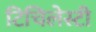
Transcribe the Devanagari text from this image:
टिचिलेस्टी